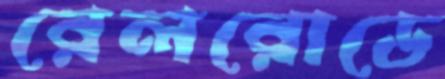
রেলরোডে